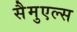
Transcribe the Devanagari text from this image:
सैमुएल्स